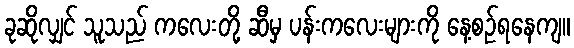
ခုဆိုလျှင် သူသည် ကလေးတို့ ဆီမှ ပန်းကလေးများကို နေ့စဉ်ရနေကျ။